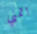
اتمني